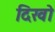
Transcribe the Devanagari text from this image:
दिखो